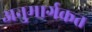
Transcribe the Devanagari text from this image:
अनुमार्गकत